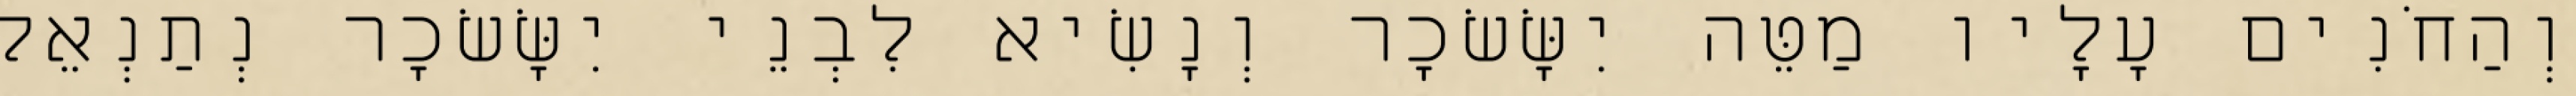
וְהַחֹנִים עָלָיו מַטֵּה יִשָּׂשׂכָר וְנָשִׂיא לִבְנֵי יִשָּׂשׂכָר נְתַנְאֵל